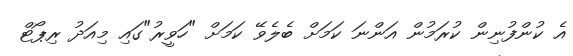
އެ ކުންފުނިން ކުރަމުން އަންނަ ކަމަށް ބެލެވޭ ކަމަށް "ހަވީރު"ގައި މިއަދު ރިޕޯޓް